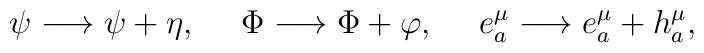
\psi \longrightarrow \psi + \eta, \ \ \ \ \Phi \longrightarrow\Phi+ \varphi, \ \ \ \ e^\mu_a \longrightarrow  e^\mu_a +  h^\mu_a,